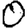
Digit: 0